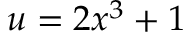
u = 2 x ^ { 3 } + 1